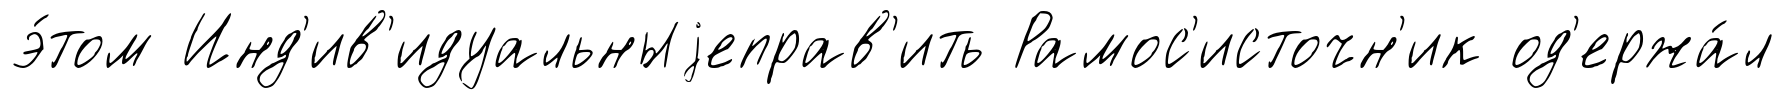
э́том Инд'ив'идуальныjеправ'ить Рамос'источн'ик од'ержа́л